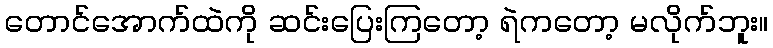
တောင်အောက်ထဲကို ဆင်းပြေးကြတော့ ရဲကတော့ မလိုက်ဘူး။